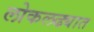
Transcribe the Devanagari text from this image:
लोकलढ्यात